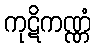
ကုဋိကဏ္ဏံ